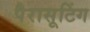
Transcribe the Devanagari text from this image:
पैरासूटिंग